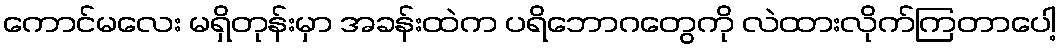
ကောင်မလေး မရှိတုန်းမှာ အခန်းထဲက ပရိဘောဂတွေကို လဲထားလိုက်ကြတာပေါ့